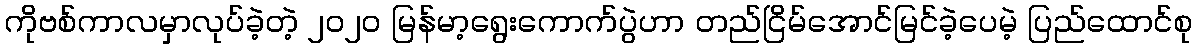
ကိုဗစ်ကာလမှာလုပ်ခဲ့တဲ့ ၂၀၂၀ မြန်မာ့ရွေးကောက်ပွဲဟာ တည်ငြိမ်အောင်မြင်ခဲ့ပေမဲ့ ပြည်ထောင်စု